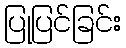
ပြုပြင်ခြင်း